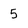
Character: 5